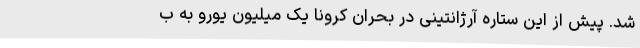
شد. پیش از این ستاره آرژانتینی در بحران کرونا یک میلیون یورو به ب